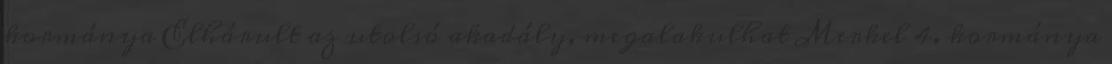
kormánya Elhárult az utolsó akadály, megalakulhat Merkel 4. kormánya